Annual report of the Punjab Veterinary College and of the Civil Veterinary Department, Punjab - 1920-1925
Year: 1920
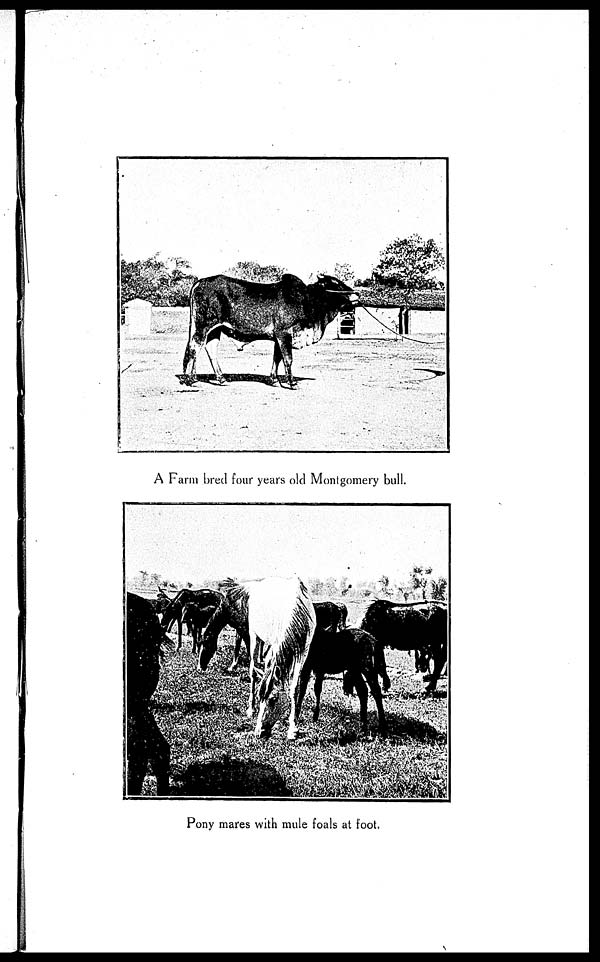
A Farm bred four years old Montgomery bull.
Pony mares with mule foals at foot.